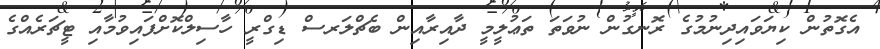
އެގޮތުން ކިޔަވައިދިނުމުގެ ރޮނގުން ނުވަތަ ތަޢުލީމީ ދާއިރާއިން ބެޗްލަރސް ޑިގްރީ ހާސިލްކޮށްފައިވުމާއި ޓީޗަރެއްގެ